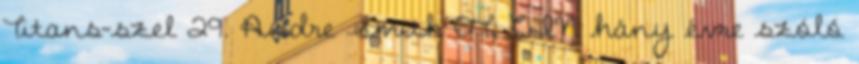
Titans-szel 29. Andre Smith OT, CIN hány évre szóló